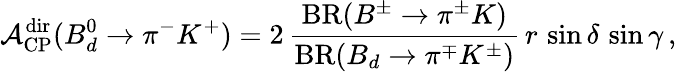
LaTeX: {\cal A}_{\mathrm{CP}}^{\mathrm{dir}}(B_{d}^{0}\to\pi^{-}K^{+})=2\, \frac{\mathrm{BR}(B^{\pm}\to\pi^{\pm}K)}{\mathrm{BR}(B_{d}\to\pi^{\mp}K^{\pm})}\, r\, \sin\delta\, \sin\gamma\, ,